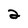
Character: 2